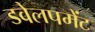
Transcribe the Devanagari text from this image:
डवेलपमेंट